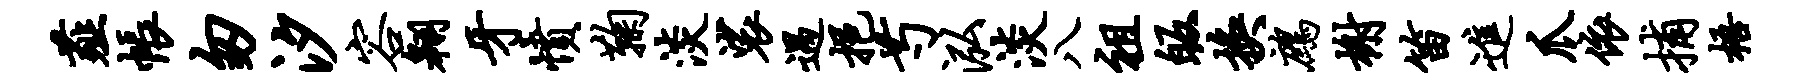
薤帐匆汐容翱牙愤鞠淡裟遇挹芍泓淡八祖皈换鹧榭笛进爪依捕梧